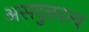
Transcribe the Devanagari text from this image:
असदुत्तरत्व